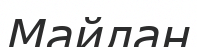
Майлан